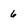
Character: 6